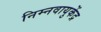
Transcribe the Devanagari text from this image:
निम्नवायुकेंद्र